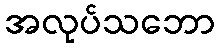
အလုပ်သဘော